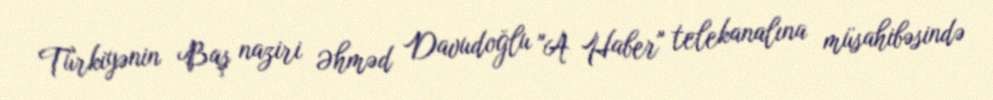
Türkiyənin Baş naziri Əhməd Davudoğlu "A Haber" telekanalına müsahibəsində